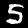
Digit: 5